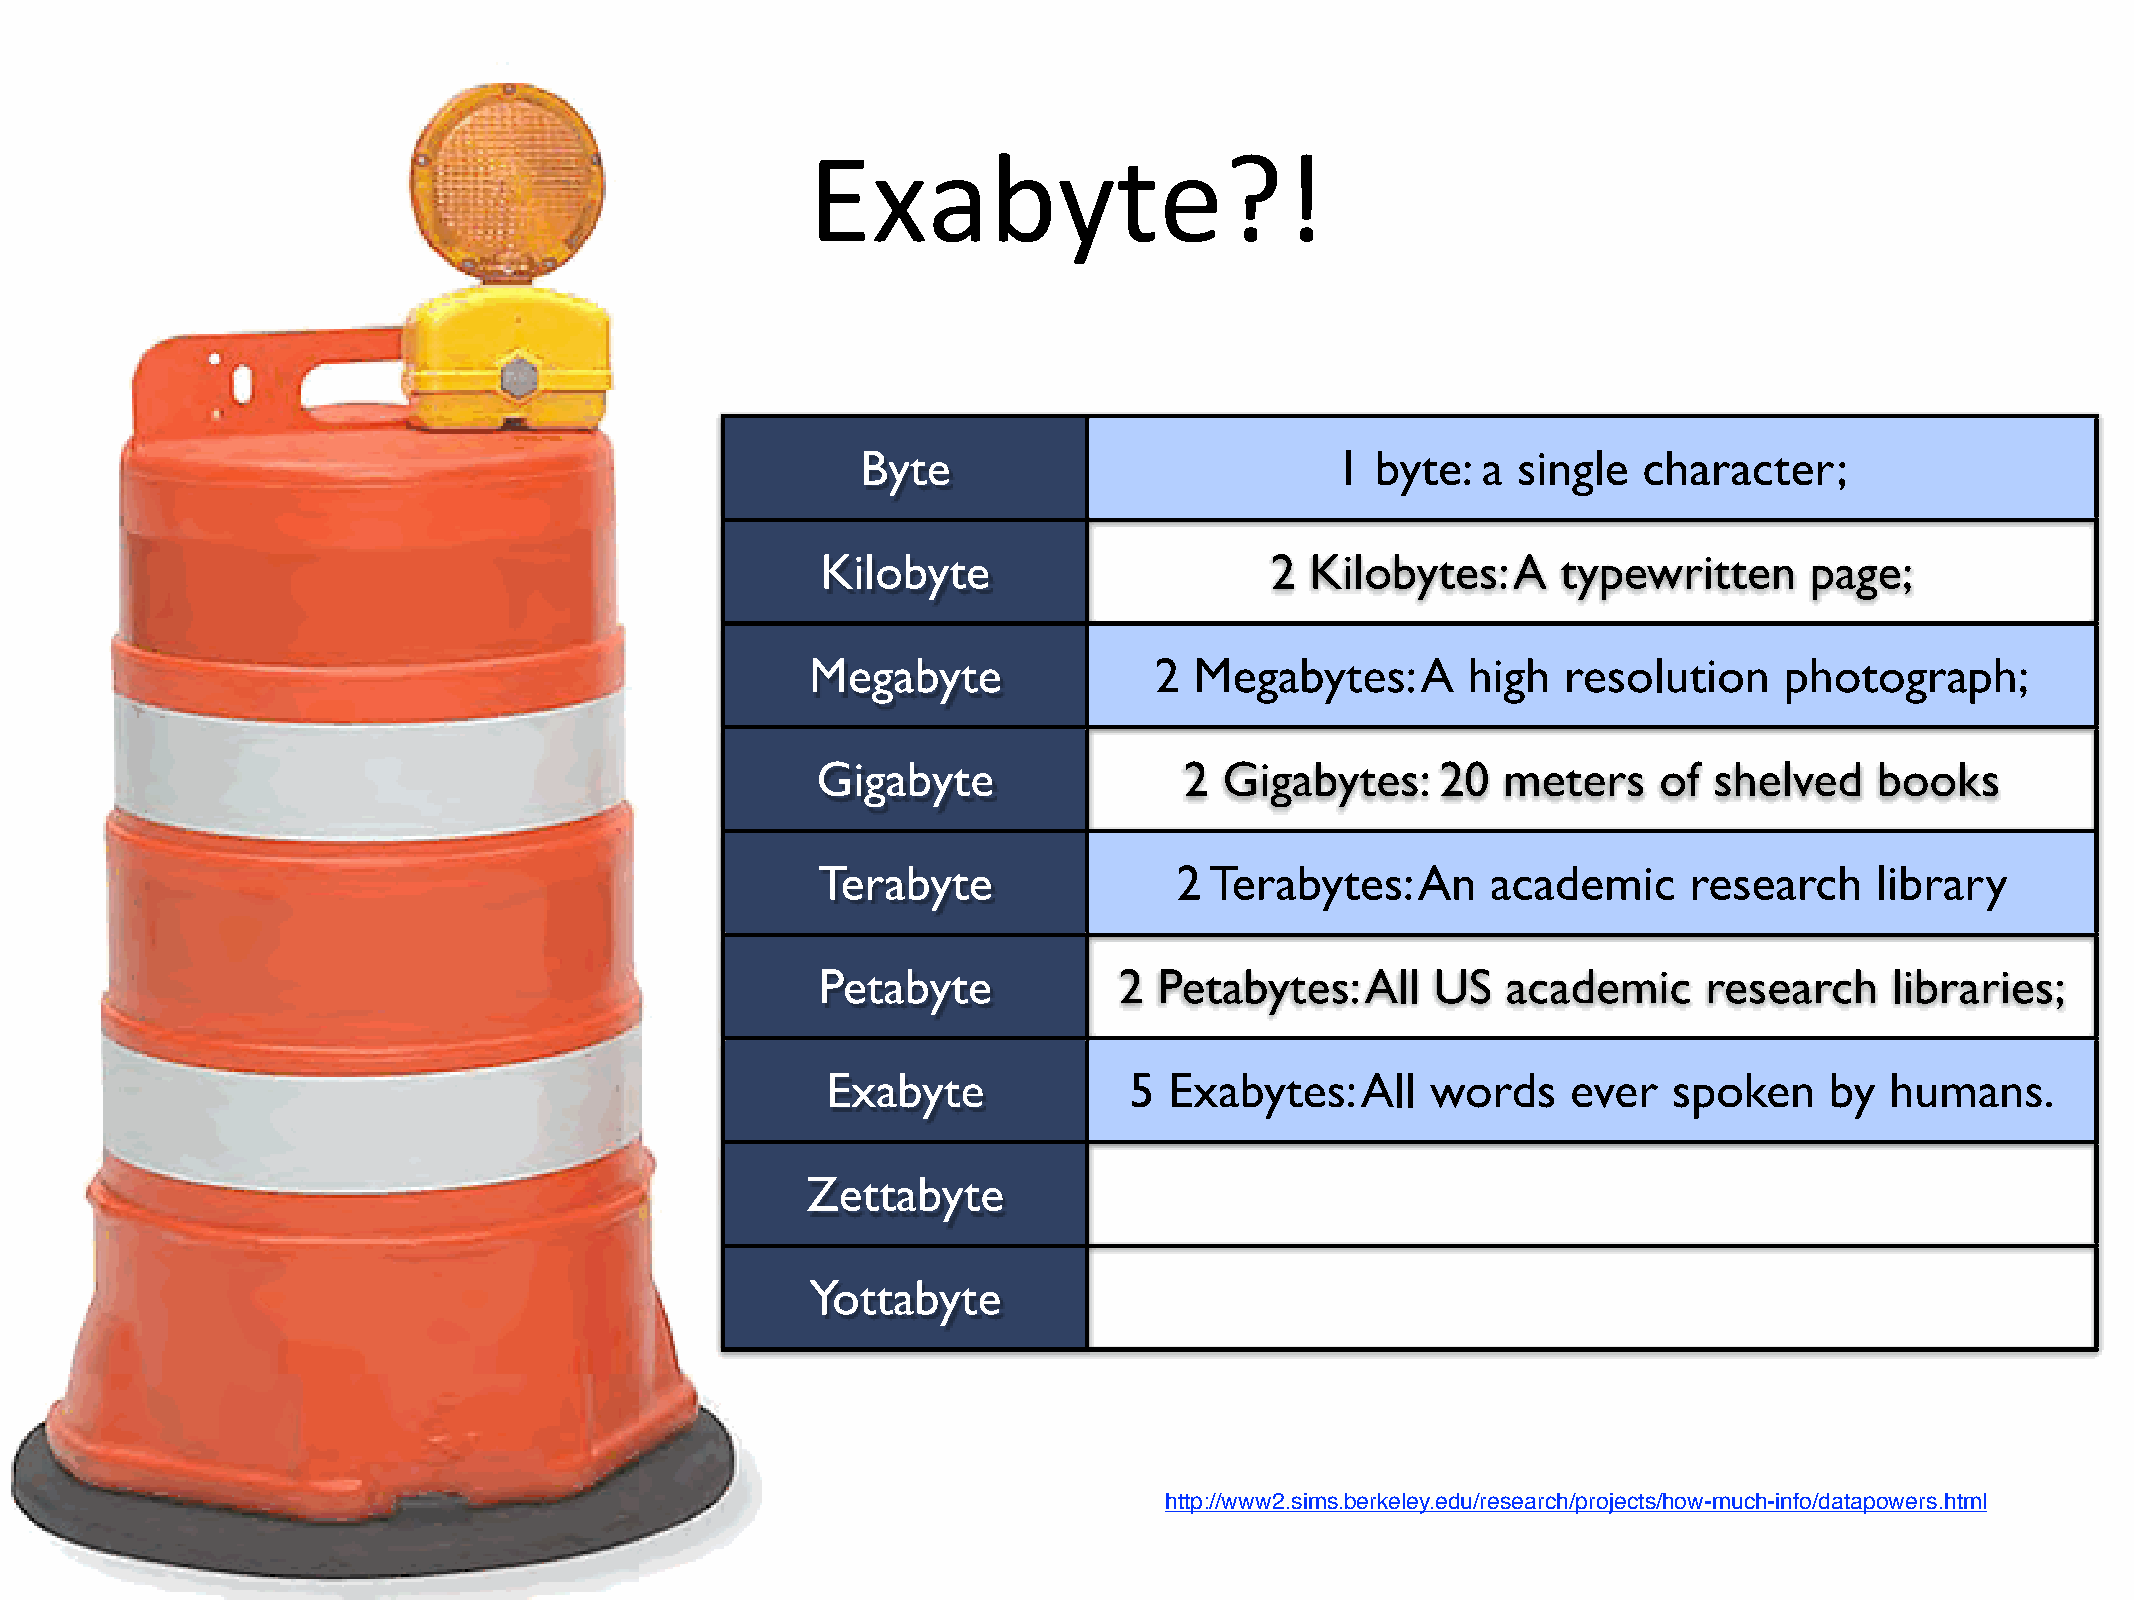
Exabyte?!
 Byte                           1  byte:  a single   character;
 Kilobyte                      2  Kilobytes:   A  typewritten      page;
 Megabyte              2  Megabytes:     A  high   resolution    photograph;
 Gigabyte                2  Gigabytes:    20  meters     of shelved    books
 Terabyte                2 Terabytes:    An   academic     research    library
 Petabyte            2  Petabytes:   All  US   academic     research    libraries;
 Exabyte             5 Exabytes:    All  words    ever   spoken    by  humans.
 Zettabyte
 Yottabyte
 http://www2.sims.berkeley.edu/research/projects/how-much-info/datapowers.html